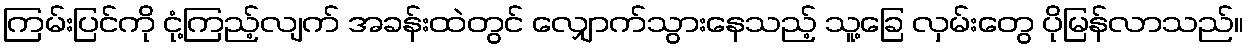
ကြမ်းပြင်ကို ငုံ့ကြည့်လျက် အခန်းထဲတွင် လျှောက်သွားနေသည့် သူ့ခြေ လှမ်းတွေ ပိုမြန်လာသည်။